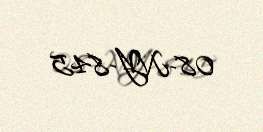
08-NY-845